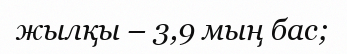
жылқы – 3,9 мың бас;